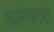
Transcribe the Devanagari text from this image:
अलंकारा